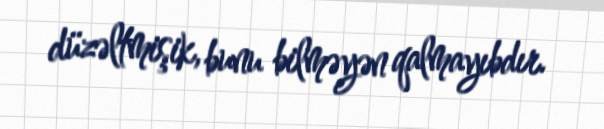
düzəltmişik, bunu bilməyən qalmayıbdır.